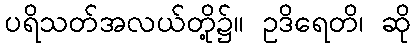
ပရိသတ်အလယ်တို့၌။ ဥဒိရေတိ၊ ဆို